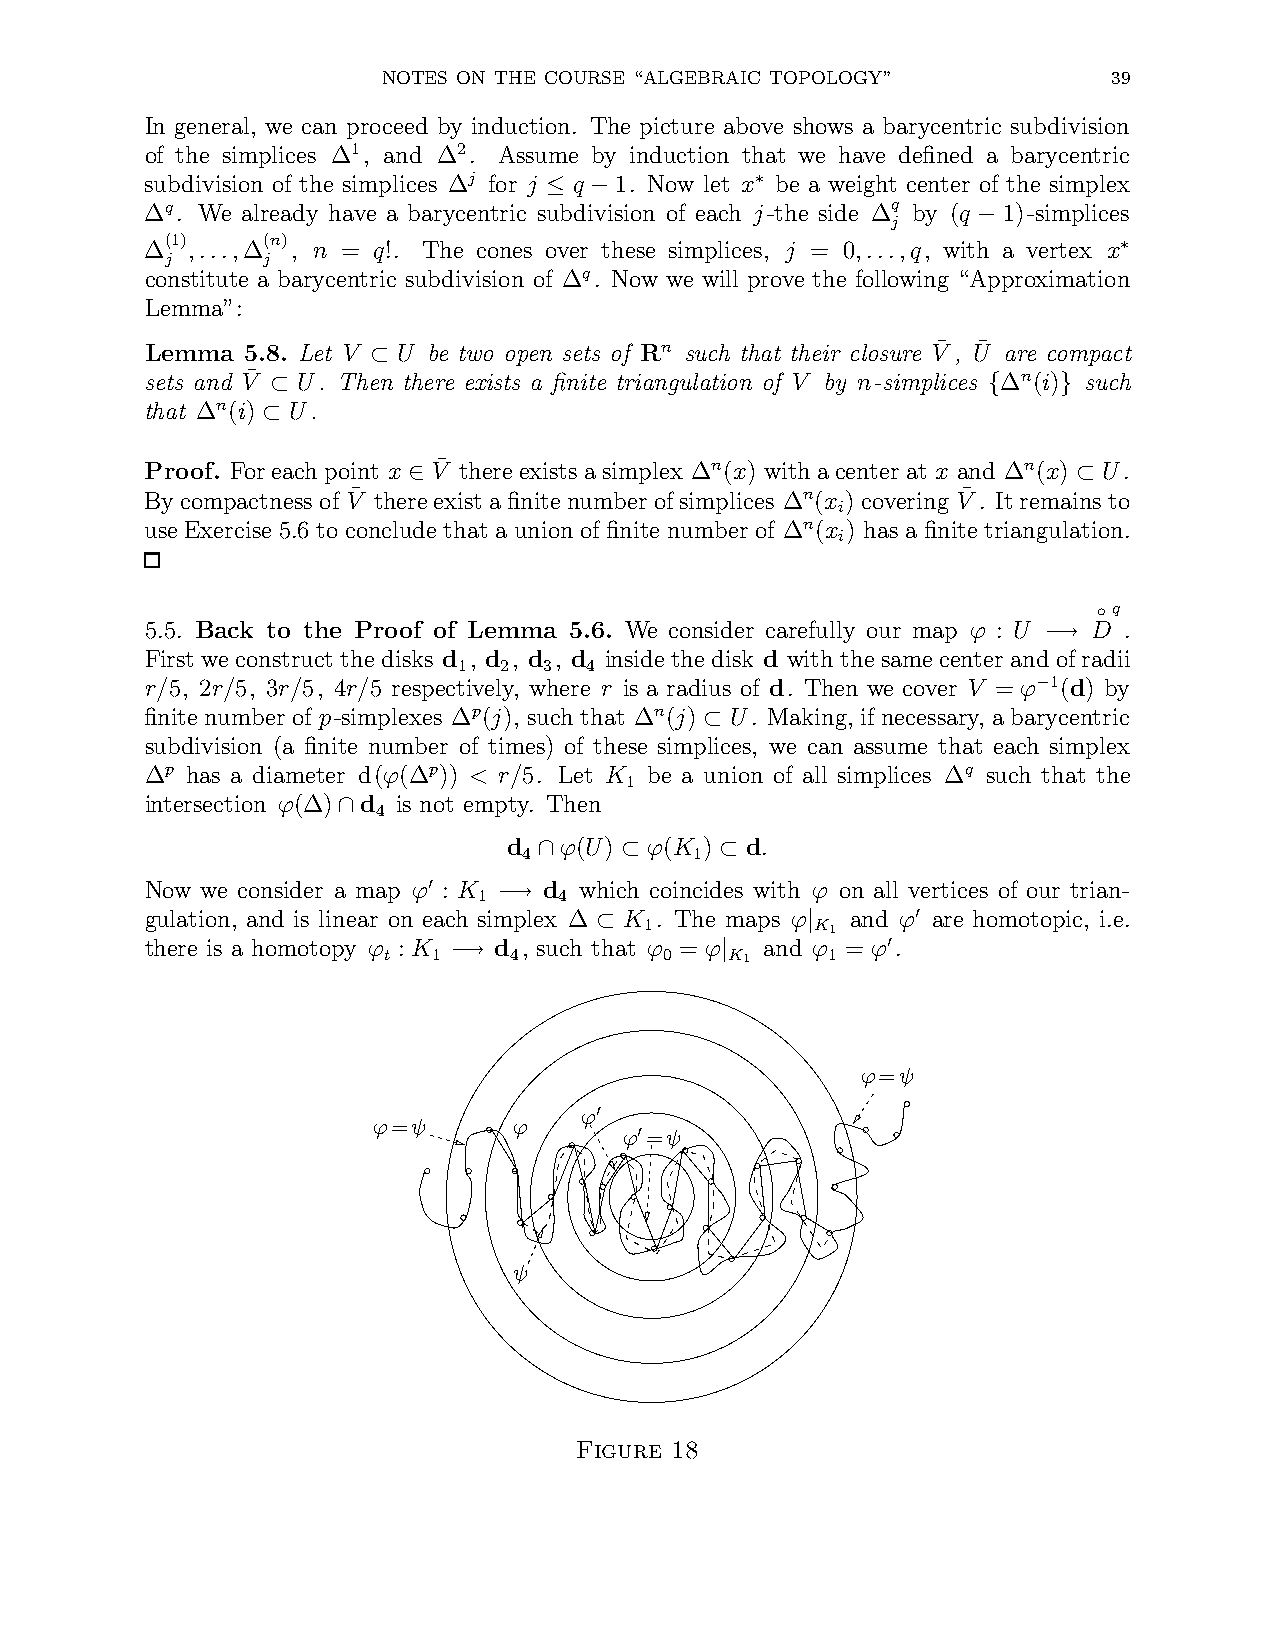
NOTES ON THE COURSE “ALGEBRAIC TOPOLOGY”         39
 In general, we can proceed by induction. The picture above shows a barycentric subdivision
 of the simplices ∆1, and ∆2. Assume by induction that we have defined a barycentric
 subdivision of the simplices ∆j for j q 1. Now let x be a weight center of the simplex
 ∗
 ∆q. We already have a barycentric s≤ ubdi− vision of each j-the side ∆q by (q 1)-simplices
 j     −
 (1)   (n)
 ∆ ,...,∆ , n = q!. The cones over these simplices, j = 0,...,q, with a vertex x
 j     j                                                        ∗
 constitute a barycentric subdivision of ∆q. Now we will prove the following “Approximation
 Lemma”:
 Lemma 5.8. Let V U be two open sets of Rn such that their closure V¯, U¯ are compact
 sets and V¯ U. The⊂ n there exists a finite triangulation of V by n-simplices ∆n(i) such
 ⊂                                              {    }
 that ∆n(i) U.
 ⊂
 Proof. Foreachpoint x V¯ thereexists asimplex ∆n(x) withacenter at x and ∆n(x) U.
 Bycompactness of V¯ ther∈ eexistafinitenumber ofsimplices ∆n(x ) covering V¯ . Itremai⊂ nsto
 i
 use Exercise 5.6 to conclude that a union of finite number of ∆n(x ) has a finite triangulation.
 i
 q
 5.5. Back to the Proof of Lemma 5.6. We consider carefully our map ϕ : U D◦ .
 −→
 First we construct thedisks d , d , d , d inside thedisk d with thesame center andofradii
 1  2  3  4
 r/5, 2r/5, 3r/5, 4r/5 respectively, where r is a radius of d. Then we cover V = ϕ 1(d) by
 −
 finitenumber of p-simplexes ∆p(j), such that ∆n(j) U. Making, if necessary, abarycentric
 ⊂
 subdivision (a finite number of times) of these simplices, we can assume that each simplex
 ∆p has a diameter d(ϕ(∆p)) < r/5. Let K be a union of all simplices ∆q such that the
 1
 intersection ϕ(∆) d is not empty. Then
 4
 ∩
 d  ϕ(U)  ϕ(K ) d.
 4          1
 ∩    ⊂      ⊂
 Now we consider a map ϕ : K d which coincides with ϕ on all vertices of our trian-
 ′   1    4
 −→
 gulation, and is linear on each simplex ∆ K . The maps ϕ and ϕ are homotopic, i.e.
 ⊂
 1         |K1     ′
 there is a homotopy ϕ : K d , such that ϕ = ϕ and ϕ = ϕ .
 t   1
 −→
 4         0   |K1    1   ′
 ϕ=ψ
 ϕ
 ϕ=ψ      ϕ    ′
 ϕ =ψ
 ′
 ψ
 Figure 18